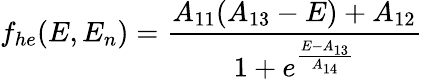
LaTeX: f_{he}(E,E_{n})=\frac{A_{11}(A_{13}-E)+A_{12}}{1+e^{\frac{E-A_{13}}{A_{14}}}}